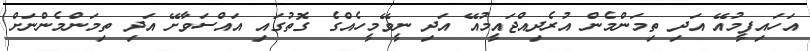
އަހައިފީމުއޭ އަދި ތިމަންމެން އުރެދިއްޖައީމުއޭ އަދި ނީވޭމީހެއްގެ ގޮތުގައި އައްސަވާށޭ އަދި ތިމަންމެންނަށް